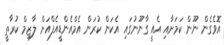
އޮވެގެން ނޫން ކަމަށާއި އެއީ ގާނޫނުގައި އެކަން ކުރަން އެމްއެންޑީއެފްއަށް ލާޒިމް ކުރާތީ